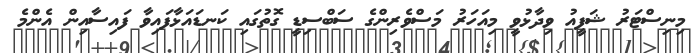
މިނިސްޓަރު ޝަފީއު ވިދާޅުވީ މިއަހަރު މަސްވެރިންގެ ސަބްސިޑީ ގޮތުގައި ކަނޑައަޅާފައިވާ ފައިސާއިން އެންމެ